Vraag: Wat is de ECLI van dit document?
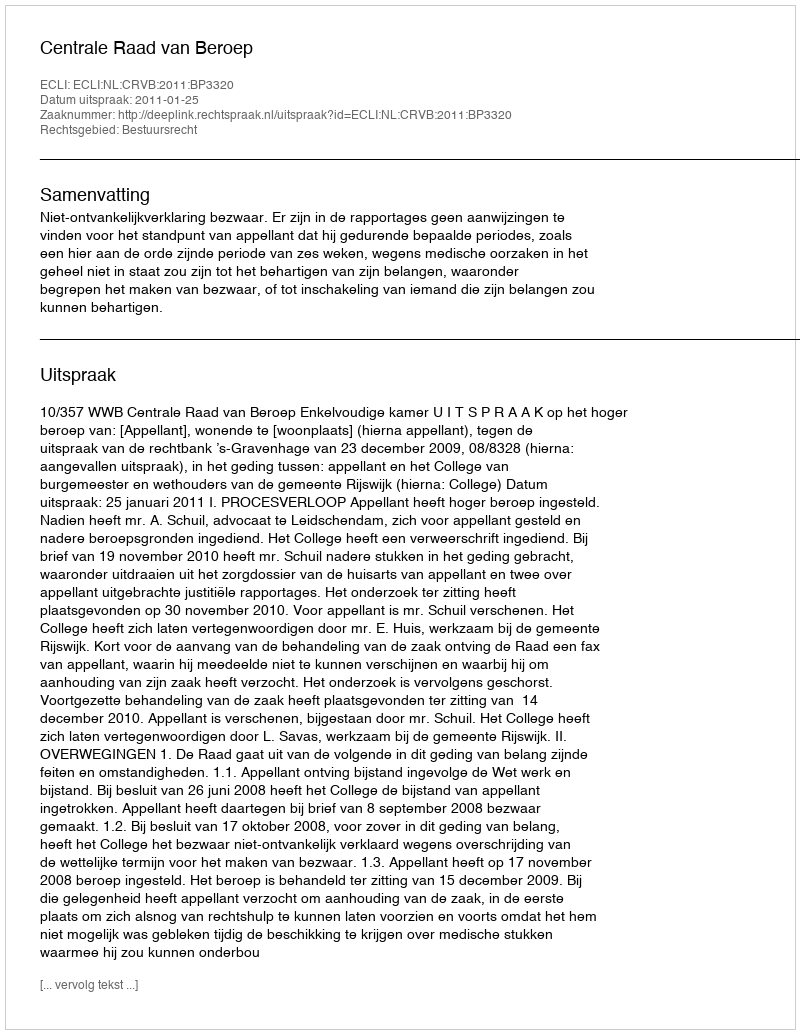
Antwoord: ECLI:NL:CRVB:2011:BP3320